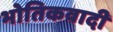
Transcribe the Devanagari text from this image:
भोतिकवादी